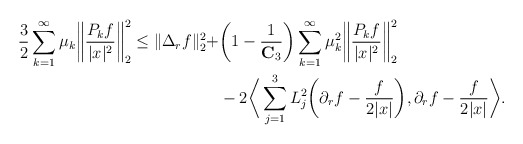
\begin{align*}\frac{3}{2} \sum_{k=1}^\infty \mu_k \bigg\|\frac{P_k f}{|x|^2}\bigg\|_{2}^2 \leq \|\Delta_r f \|_{2}^2 + & \bigg(1 - \frac{1}{\mathbf{C}_3}\bigg) \sum_{k=1}^\infty \mu_k^2 \bigg\|\frac{P_k f}{|x|^2}\bigg\|_{2}^2 \\& - 2\bigg\langle \sum_{j=1}^3 L_j^2 \bigg(\partial_r f - \frac{f}{2|x|} \bigg), \partial_r f - \frac{f}{2|x|} \bigg\rangle. \end{align*}